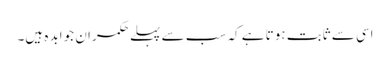
اسی سے ثابت ہوتا ہے کہ سب سے پہلے حکمران جوابد ہ ہیں۔